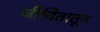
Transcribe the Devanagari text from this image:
जीवितातून